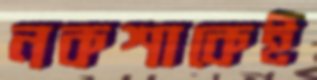
নকশাকেই